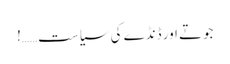
جوتے اور ڈنڈے کی سیاست……!